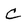
Character: C